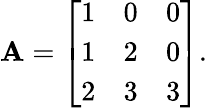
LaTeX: \mathbf{A}={\left[\begin{array}{lll}{1}&{0}&{0}\\ {1}&{2}&{0}\\ {2}&{3}&{3}\end{array}\right]}.